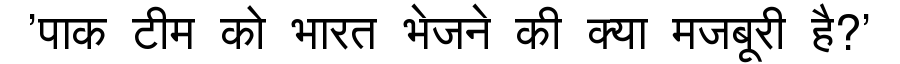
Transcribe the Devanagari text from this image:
'पाक टीम को भारत भेजने की क्या मजबूरी है?'